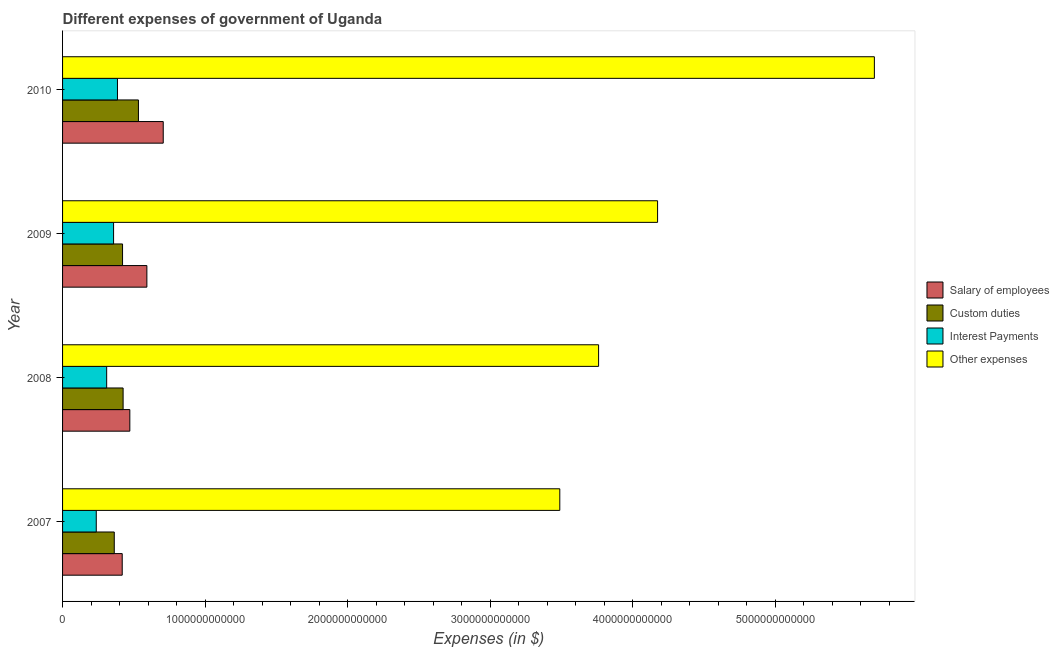
| Year | Salary of employees | Custom duties | Interest Payments | Other expenses |
 | --- | --- | --- | --- | --- |
 | 2007 | 4.18e+11 | 3.63e+11 | 2.36e+11 | 3.49e+12 |
 | 2008 | 4.72e+11 | 4.25e+11 | 3.09e+11 | 3.76e+12 |
 | 2009 | 5.91e+11 | 4.21e+11 | 3.58e+11 | 4.17e+12 |
 | 2010 | 7.06e+11 | 5.32e+11 | 3.85e+11 | 5.69e+12 |